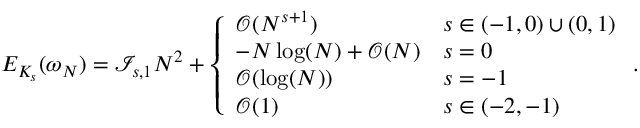
E _ { K _ { s } } ( \omega _ { N } ) = \mathcal { I } _ { s , 1 } N ^ { 2 } + \left\{ \begin{array} { l l } { \mathcal { O } ( N ^ { s + 1 } ) } & { s \in ( - 1 , 0 ) \cup ( 0 , 1 ) } \\ { - N \log ( N ) + \mathcal { O } ( N ) } & { s = 0 } \\ { \mathcal { O } ( \log ( N ) ) } & { s = - 1 } \\ { \mathcal { O } ( 1 ) } & { s \in ( - 2 , - 1 ) } \end{array} \right. .